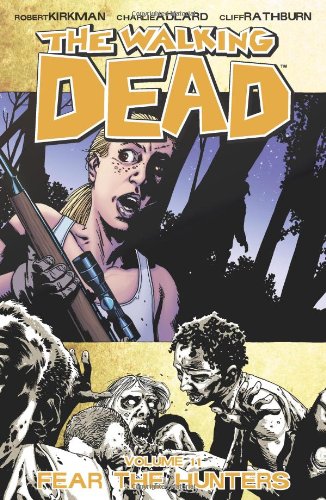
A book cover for The Walking Dead, Vol. 11: Fear The Hunters; Robert Kirkman; Comics & Graphic Novels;